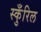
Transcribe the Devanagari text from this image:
स्कुँरिल